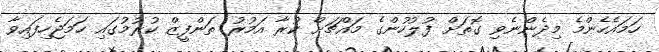
ހަމައެހެންމެ މިދެންނެވި ގޮތަށް ފުލުހުންގެ މައްޗަށް ކުރާ އަމުރު ތަންފީޒް ކުރުމުގައި ހަމަޖެހިފައިވާ